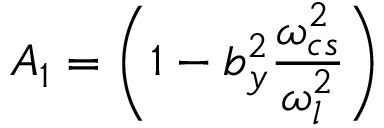
A _ { 1 } = \left( 1 - b _ { y } ^ { 2 } \frac { \omega _ { c s } ^ { 2 } } { \omega _ { l } ^ { 2 } } \right)